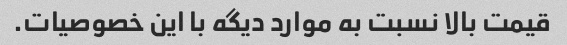
قیمت بالا نسبت به موارد دیگه با این خصوصیات.